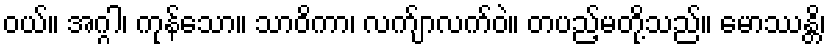
ဝယ်။ အဂ္ဂါ၊ ကုန်သော။ သာဝိကာ၊ လက်ျာလက်ဝဲ။ တပည့်မတို့သည်။ မောဿန္တိ၊